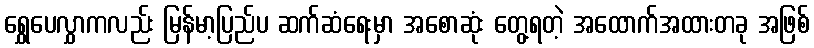
ရွှေပေလွှာကလည်း မြန်မာ့ပြည်ပ ဆက်ဆံရေးမှာ အစောဆုံး တွေ့ရတဲ့ အထောက်အထားတခု အဖြစ်